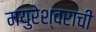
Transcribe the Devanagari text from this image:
मयुरेश्वराची